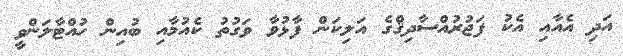
އަދި އެއާއި އެކު ފަޖުރުއްސާދިޤްގެ އަލިކަން ފާޅުވާ ވަގުތު ކެއުމާއި ބުއިން ހުއްޓާލަންވީ